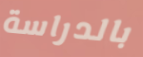
بالدراسة